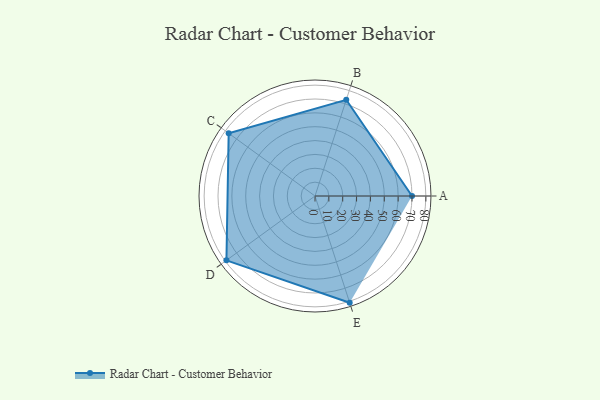
{"axis": {"x": "Skill", "y": "Score"}, "legend": ["Profile"], "data": [{"x": "A", "y": 70.0, "type": "Profile"}, {"x": "B", "y": 73.0, "type": "Profile"}, {"x": "C", "y": 77.0, "type": "Profile"}, {"x": "D", "y": 79.0, "type": "Profile"}, {"x": "E", "y": 81.0, "type": "Profile"}]}